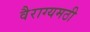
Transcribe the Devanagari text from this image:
वैराग्यमठी